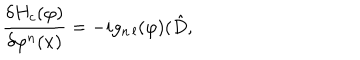
LaTeX: \frac { \delta H _ { c } ( \varphi ) } { \delta \varphi ^ { n } ( x ) } = - i g _ { n \, l } ( \varphi ) ( \hat { D } ,